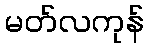
မတ်လကုန်